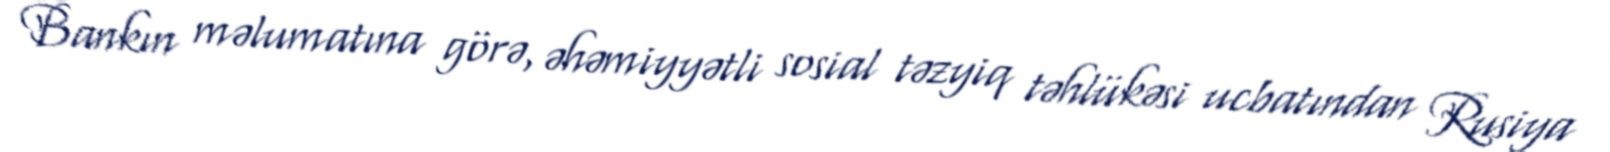
Bankın məlumatına görə, əhəmiyyətli sosial təzyiq təhlükəsi ucbatından Rusiya